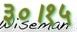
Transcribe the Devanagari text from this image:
३०।१५